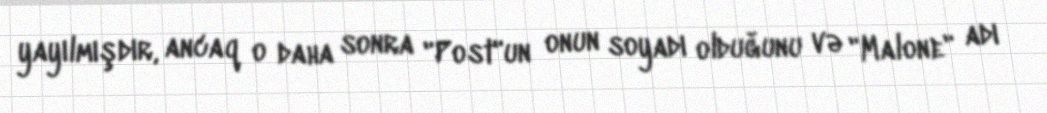
yayılmışdır, ancaq o daha sonra "Post"un onun soyadı olduğunu və "Malone" adı